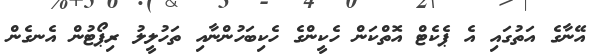
އޭނާގެ އަތުގައި އެ ޕެކެޓް އޮތްކަން ހެކީންގެ ހެކިބަހުންނާއި ތަހުލީލު ރިޕޯޓުން އެނގެން